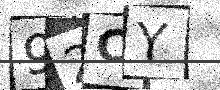
Text: 92CY